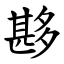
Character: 夦